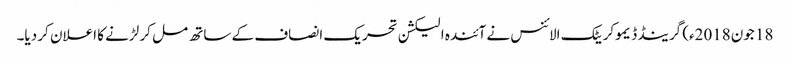
18 جون2018ء) گرینڈ ڈیموکریٹک الائنس نے آئندہ الیکشن تحریک انصاف کے ساتھ مل کر لڑنے کا اعلان کر دیا۔